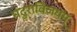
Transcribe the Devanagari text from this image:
मदुराविजयम्